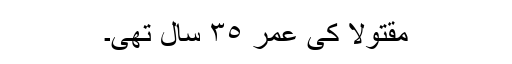
مقتولا کی عمر ٣٥ سال تھی۔